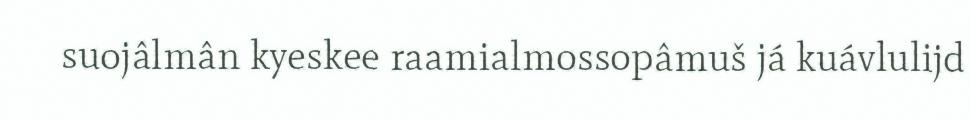
suojâlmân kyeskee raamialmossopâmuš já kuávlulijd